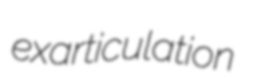
exarticulation